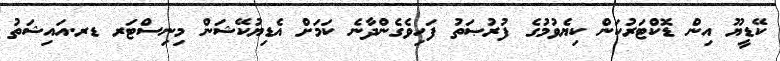
ކޭޑީޔޫ އިން ޑޮކްޓަރުކަން ކިޔެވުމުގެ ފުރުޞަތު ފަހިވެގެންދާނެ ކަމަށް އެޑިޔުކޭޝަން މިނިސްޓަރ ޑރ.އައިޝަތު